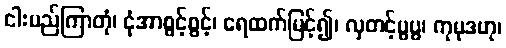
ငါးမည်ကြာတုံ၊ ငုံအာစွင့်စွင့်၊ ရေထက်မြင့်၍၊ လှတင့်ပွပွ၊ ကုမုဒဟု၊